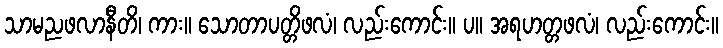
သာမညဖလာနီတိ၊ ကား။ သောတာပတ္တိဖလံ၊ လည်းကောင်း။ ပ။ အရဟတ္တဖလံ၊ လည်းကောင်း။